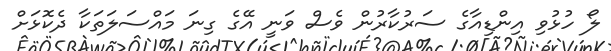
ލޯ ހުޅުވި އިންޑިއާގެ ސަރުކާރުން ވެސް ވަނީ އޭގެ ގިނަ މައްސަލަތަކާ ދެކޮޅަށް